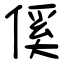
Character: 傒